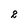
Character: 2